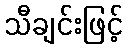
သီချင်းဖြင့်